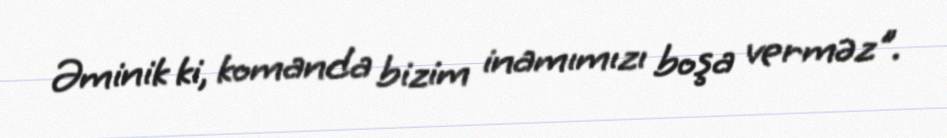
Əminik ki, komanda bizim inamımızı boşa verməz".